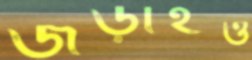
জড়াইও